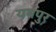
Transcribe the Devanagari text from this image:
यमपुर